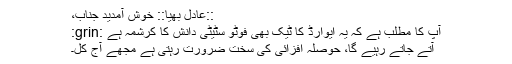
::عادل بھیّا:: خوش آمدید جناب،
آپ کا مطلب ہے کہ یہ ایوارڈ کا ٹیک بھی فوٹو سٹیٹی دانش کا کرشمہ ہے :grin:
آتے جاتے رہیے گا، حوصلہ افزائی کی سخت ضرورت رہتی ہے مجھے آج کل۔